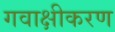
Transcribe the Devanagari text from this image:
गवाक्षीकरण